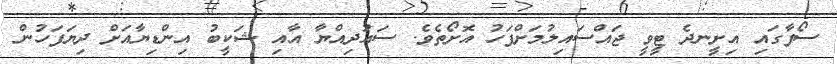
ސޯފާގައި އިށީނދެ ޓީވީ ޖައްސައިލުމަށްފަހު އޮށޯތެވެ. ސައުދިއްޔާ އާއި ޝަކީބު އިންޑިޔާއަށް ދިޔަފަހުން